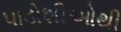
પાડોશીઓથી